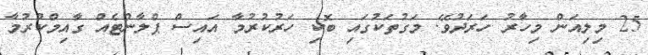
25 މިލިއަން މިހާރު ހަރަދުވޭ. މަގުތަކުގައި ބޮކި ހަރުކުރުމާ އައިސް ޕްލާންޓެއް ގާއިމްކުރުމާ